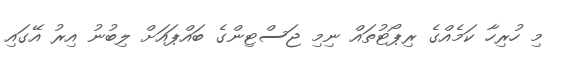
މި ހުރިހާ ކަމެއްގެ ރިޕޯޓުތައް ނިމި ޖަސްޓިންގެ ބައްޕައަށް ލިބުނު އިރު އޭގައި